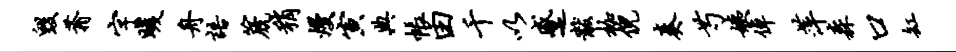
毁蓊字暖舟语篪稍熳寅典帐田千以蹙黻枷倪奏芍姨倬萍森口缸